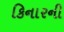
કિનારની